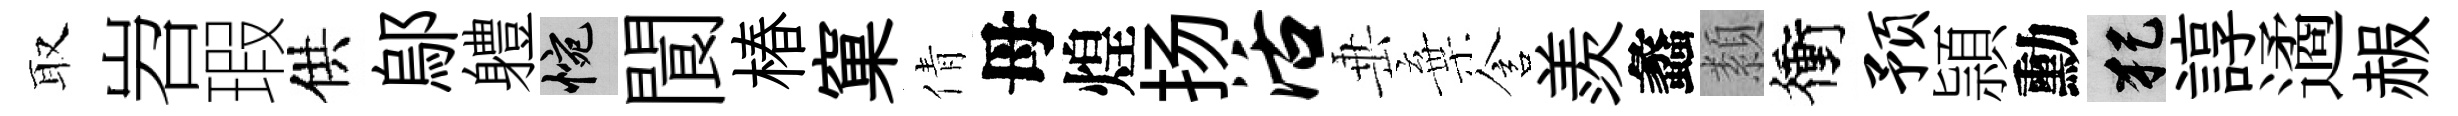
取岧瑕供鄔軆惋閬椿窠倩母煌扬活𡸁棄含羨蠡纇衝预頴勳犯諄遹赧